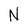
Character: N